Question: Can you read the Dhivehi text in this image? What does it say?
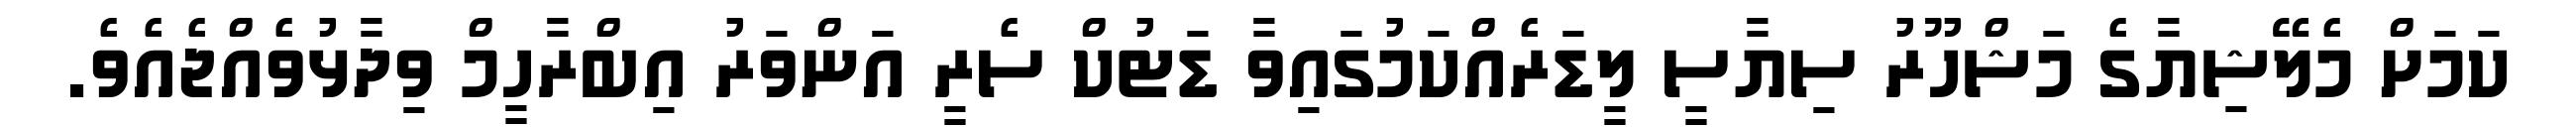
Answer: ކަމަށް މެލޭޝިޔާގެ މަޝްހޫރު ސިޔާސީ ލީޑަރެއްކަމުގައިވާ ޑަޓުކް ސެރީ އަންވަރު އިބްރާހީމް ވިދާޅުވެއްޖެއެވެ.